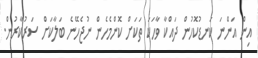
އިން އަންނަ ކަނޑުކޮހުން ދައްކާ ވާހަކަ ތަކަށް ކޮންމެހެން ނުޖެހޭނެ ބަލާކަށް ސަރުކާރުން.